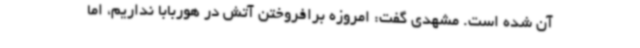
آن شده است. مشهدی گفت: امروزه برافروختن آتش در هوربابا نداریم، اما